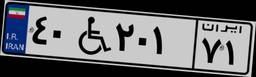
۴۰W۲۰۱۷۱